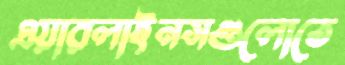
এয়ারলাইনসগুলোতে